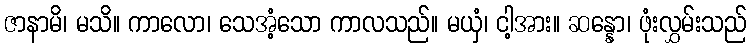
ဇာနာမိ၊ မသိ။ ကာလော၊ သေအံ့သော ကာလသည်။ မယှံ၊ ငါ့အား။ ဆန္နော၊ ဖုံးလွှမ်းသည်